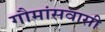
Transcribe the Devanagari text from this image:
गौमांसवासी